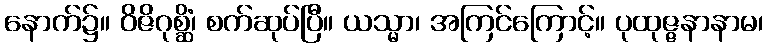
နောက်၌။ ဝိဇိဂုစ္ဆိံ၊ စက်ဆုပ်ပြီ။ ယသ္မာ၊ အကြင်ကြောင့်။ ပုထုဇ္ဇနာနာမ၊